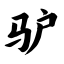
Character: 驴